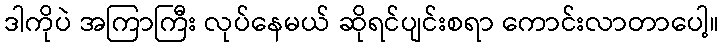
ဒါကိုပဲ အကြာကြီး လုပ်နေမယ် ဆိုရင်ပျင်းစရာ ကောင်းလာတာပေါ့။